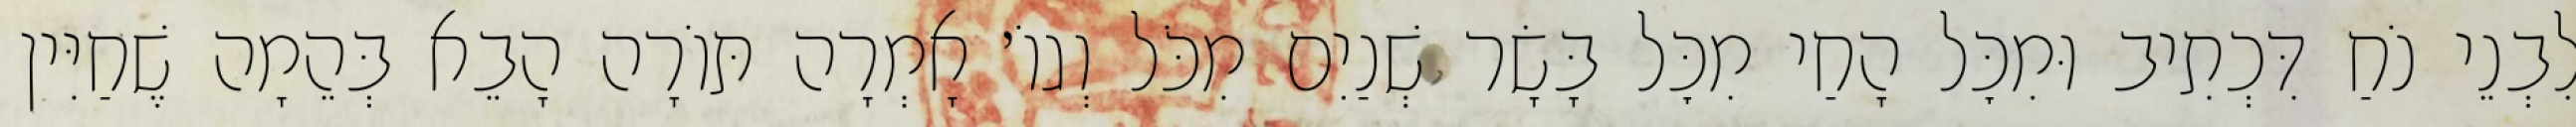
לִבְנֵי נֹחַ דִּכְתִיב וּמִכׇּל הָחַי מִכׇּל בָּשָׂר שְׁנַיִם מִכֹּל וְגוֹ׳ אָמְרָה תּוֹרָה הָבֵא בְּהֵמָה שֶׁחַיִּין